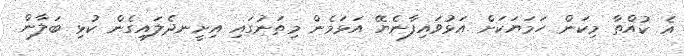
އެ ކުއްތާ މިކަން ހަމަޔަކަށް އަޅުވައިފާނެޔޭ އަޅަމެން މިތަނުގައި އިށީނދެލައިގެން ކުޅި ބަލާން